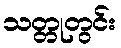
သတ္တုတွင်း